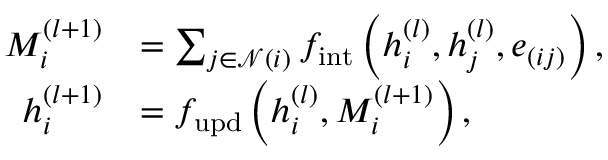
\begin{array} { r l } { M _ { i } ^ { ( l + 1 ) } } & { = \sum _ { j \in \mathcal { N } ( i ) } f _ { \mathrm { i n t } } \left( h _ { i } ^ { ( l ) } , h _ { j } ^ { ( l ) } , e _ { ( i j ) } \right) , } \\ { h _ { i } ^ { ( l + 1 ) } } & { = f _ { \mathrm { u p d } } \left( h _ { i } ^ { ( l ) } , M _ { i } ^ { ( l + 1 ) } \right) , } \end{array}